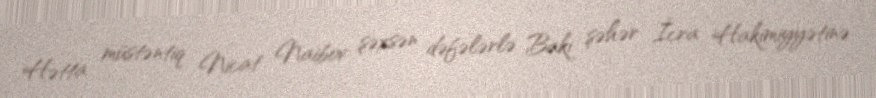
Hətta müstəntiq Nicat Naibov şəxsən dəfələrlə Bakı şəhər İcra Hakimiyyətinə